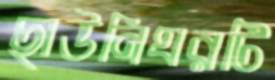
ছাউনিঘরটি